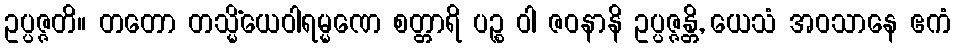
ဥပ္ပဇ္ဇတိ။ တတော တသ္မိံယေဝါရမ္မဏေ စတ္တာရိ ပဉ္စ ဝါ ဇဝနာနိ ဥပ္ပဇ္ဇန္တိ, ယေသံ အဝသာနေ ဧကံ